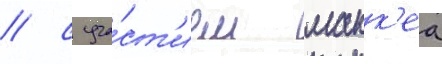
/ с уча́ст'ием макк'еа